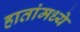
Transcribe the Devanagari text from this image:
हातांमध्ये